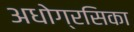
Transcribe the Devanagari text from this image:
अधोग्रसिका